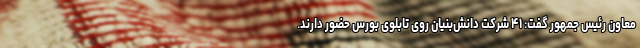
معاون رئیس جمهور گفت: ۴۱ شرکت دانش‌بنیان روی تابلوی بورس حضور دارند.